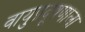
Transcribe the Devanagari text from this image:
वायुप्रदूषणाला